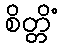
စိတ္တိံ